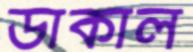
ডাকাল